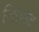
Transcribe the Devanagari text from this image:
निजाद